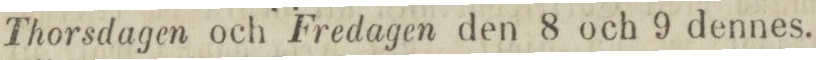
Thorsdagen och Fredagen den 8 och 9 dennes.